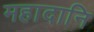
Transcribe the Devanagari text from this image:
महादानि